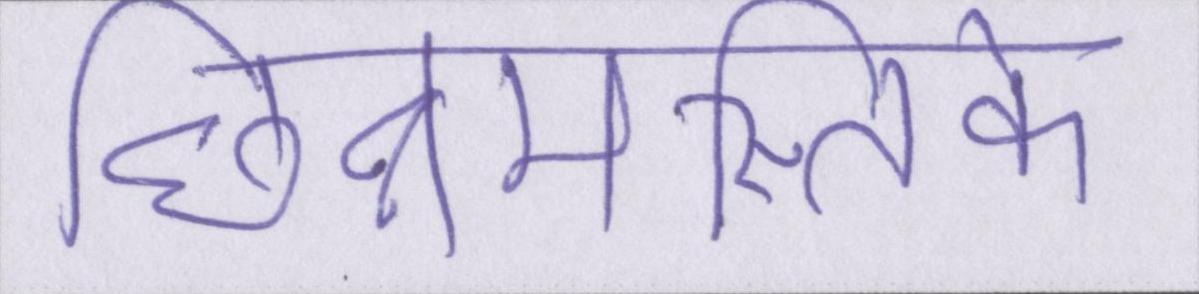
छिन्नमस्तिके